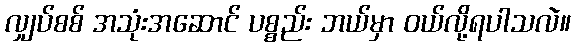
လျှပ်စစ် အသုံးအဆောင် ပစ္စည်း ဘယ်မှာ ဝယ်လို့ရပါသလဲ။